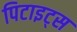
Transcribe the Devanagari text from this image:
पिटाइट्स